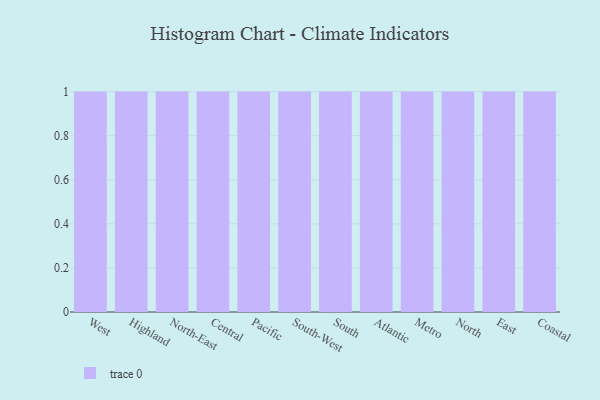
{"axis": {"x": "Region", "y": "Customer Acquisition Cost (USD)"}, "legend": [""], "data": [{"x": "West", "y": 75, "type": ""}, {"x": "Highland", "y": 64, "type": ""}, {"x": "North-East", "y": 39, "type": ""}, {"x": "Central", "y": 85, "type": ""}, {"x": "Pacific", "y": 91, "type": ""}, {"x": "South-West", "y": 42, "type": ""}, {"x": "South", "y": 71, "type": ""}, {"x": "Atlantic", "y": 11, "type": ""}, {"x": "Metro", "y": 99, "type": ""}, {"x": "North", "y": 13, "type": ""}, {"x": "East", "y": 52, "type": ""}, {"x": "Coastal", "y": 52, "type": ""}]}